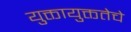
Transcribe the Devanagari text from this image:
युक्तायुक्ततेचे